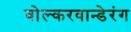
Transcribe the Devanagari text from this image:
वोल्करवान्डेरंग